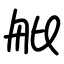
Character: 舭